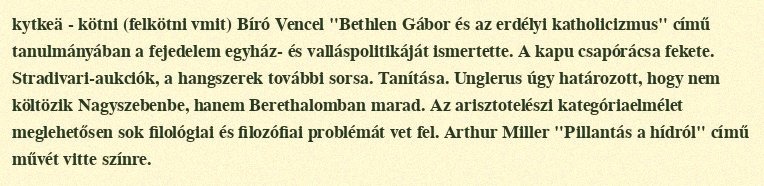
kytkeä - kötni (felkötni vmit) Bíró Vencel "Bethlen Gábor és az erdélyi katholicizmus" című tanulmányában a fejedelem egyház- és valláspolitikáját ismertette. A kapu csapórácsa fekete. Stradivari-aukciók, a hangszerek további sorsa. Tanítása. Unglerus úgy határozott, hogy nem költözik Nagyszebenbe, hanem Berethalomban marad. Az arisztotelészi kategóriaelmélet meglehetősen sok filológiai és filozófiai problémát vet fel. Arthur Miller "Pillantás a hídról" című művét vitte színre.